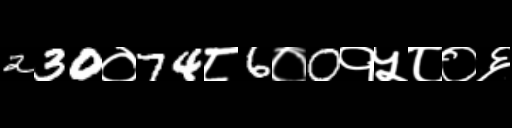
Text: 230०74८6०0१५८०६